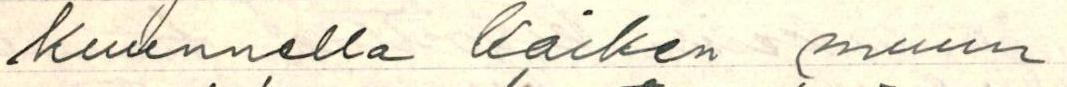
kuunnella kaiken muun